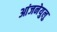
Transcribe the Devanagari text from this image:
आंजनेयुलु